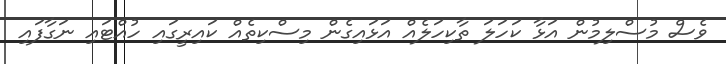
ވެސް މުސްލިމުން އަޅާ ކަހަލަ ތާކިހަލެއް އަޅައިގެން މިސްކިތެއް ކައިރީގައި ހުއްޓައި ނަގާފައި